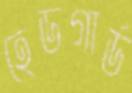
হেডগার্ড